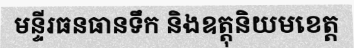
មន្ទីរធនធានទឹក និងឧត្តុនិយមខេត្ត